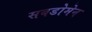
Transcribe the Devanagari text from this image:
सबडोमेन